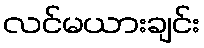
လင်မယားချင်း